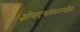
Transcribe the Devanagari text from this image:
श्रीमदभगवतगीता